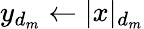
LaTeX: y_{d_{m}}\gets|x|_{d_{m}}